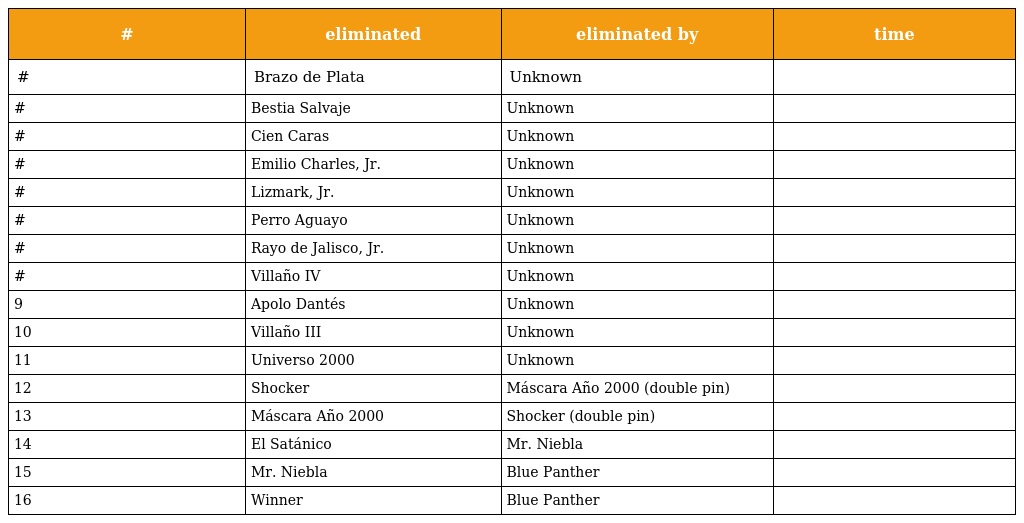
| # | eliminated | eliminated by | time |
 | --- | --- | --- | --- |
 | # | Brazo de Plata | Unknown |  |
 | # | Bestia Salvaje | Unknown |  |
 | # | Cien Caras | Unknown |  |
 | # | Emilio Charles, Jr. | Unknown |  |
 | # | Lizmark, Jr. | Unknown |  |
 | # | Perro Aguayo | Unknown |  |
 | # | Rayo de Jalisco, Jr. | Unknown |  |
 | # | Villaño IV | Unknown |  |
 | 9 | Apolo Dantés | Unknown |  |
 | 10 | Villaño III | Unknown |  |
 | 11 | Universo 2000 | Unknown |  |
 | 12 | Shocker | Máscara Año 2000 (double pin) |  |
 | 13 | Máscara Año 2000 | Shocker (double pin) |  |
 | 14 | El Satánico | Mr. Niebla |  |
 | 15 | Mr. Niebla | Blue Panther |  |
 | 16 | Winner | Blue Panther |  |